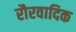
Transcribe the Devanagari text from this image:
रौरवादिक